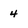
Character: 4